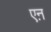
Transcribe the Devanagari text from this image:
एऩ